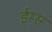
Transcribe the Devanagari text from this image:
ईम्स